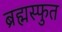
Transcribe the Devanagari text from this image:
ब्रह्मस्फुत